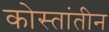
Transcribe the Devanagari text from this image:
कोस्तांतीन